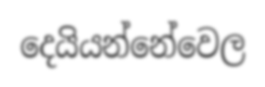
දෙයියන්නේවෙල